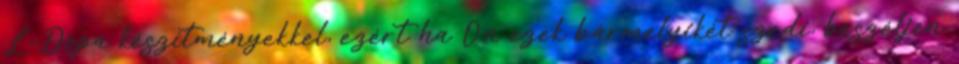
L-Dopa készítményekkel, ezért ha Ön ezek bármelyikét szedi, beszéljen